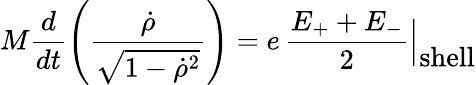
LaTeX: M\frac{d}{dt}\left(\frac{{\dot{\rho}}}{\sqrt{1-{\dot{\rho}}^{2}}}\right)=e\, \frac{E_{+}+E_{-}}{2}\Bigl|_{\textstyle\mathrm{shell}}